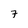
Character: 7